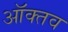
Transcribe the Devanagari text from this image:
ऑक्तव